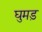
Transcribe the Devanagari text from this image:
घुमड़